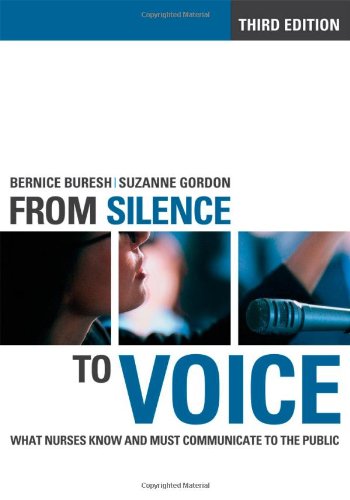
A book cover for From Silence to Voice: What Nurses Know and Must Communicate to the Public (The Culture and Politics of Health Care Work); Bernice Buresh; Medical Books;